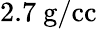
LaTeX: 2.7\ \mathrm{g/cc}